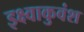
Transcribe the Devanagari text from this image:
इक्ष्वाकुवंश